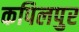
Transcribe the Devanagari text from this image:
कपिलपुर